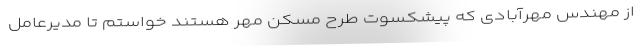
از مهندس مهرآبادی که پیشکسوت طرح مسکن مهر هستند خواستم تا مدیرعامل